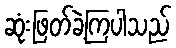
ဆုံးဖြတ်ခဲ့ကြပါသည်